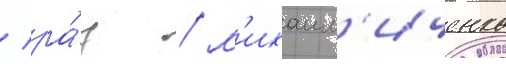
/ ра́ц / м'ихаил'иченко